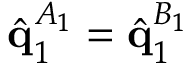
\hat { \mathbf { q } } _ { 1 } ^ { A _ { 1 } } = \hat { \mathbf { q } } _ { 1 } ^ { B _ { 1 } }